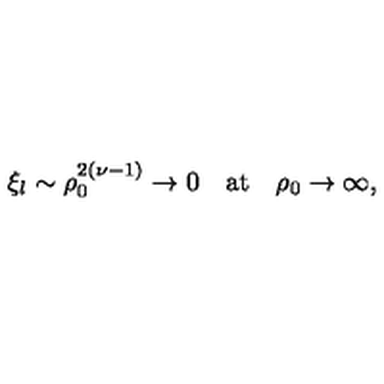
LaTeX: \xi _ { l } \sim \rho _ { 0 } ^ { 2 ( \nu - 1 ) } \rightarrow 0 \quad \mathrm { a t } \quad \rho _ { 0 } \rightarrow \infty ,